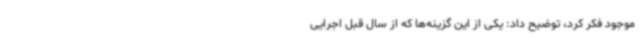
موجود فکر کرد، توضیح داد: یکی از این گزینه‌ها که از سال قبل اجرایی